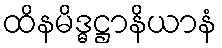
ထိနမိဒ္ဓဋ္ဌာနိယာနံ